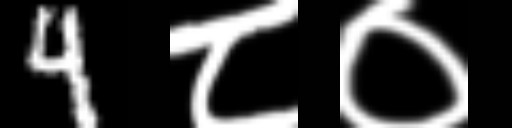
Text: 4८०